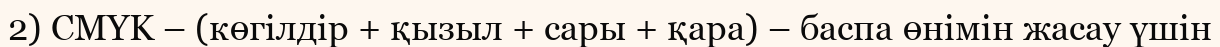
2) CMYK – (көгілдір + қызыл + сары + қара) – баспа өнімін жасау үшін